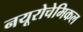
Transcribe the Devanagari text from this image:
नयूरोचेमिकल